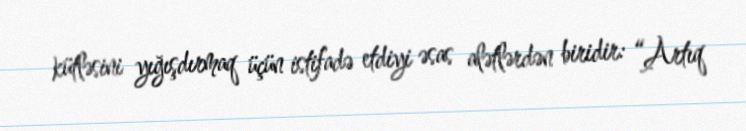
kütləsini yığışdırmaq üçün istifadə etdiyi əsas alətlərdən biridir: “Artıq